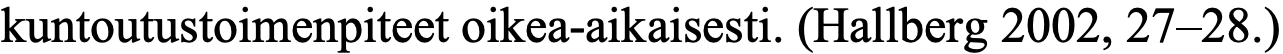
kuntoutustoimenpiteet oikea-aikaisesti. (Hallberg 2002, 27–28.)